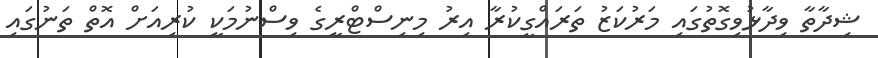
ޝިދާތާ ވިދާޅުވިގޮތުގައި މަރުކަޒު ތަރައްގީކުރާ އިރު މިނިސްޓްރީގެ ވިސްނުމަކީ ކުރިއަށް އޮތް ތަނުގައި